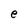
Character: e